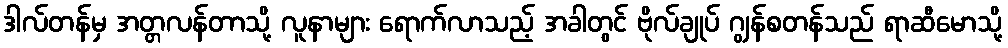
ဒါလ်တန်မှ အတ္တလန်တာသို့ လူနာများ ရောက်လာသည့် အခါတွင် ဗိုလ်ချုပ် ဂျွန်စတန်သည် ရာဆီမောသို့